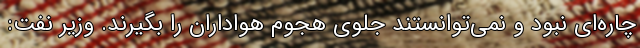
چاره‌ای نبود و نمی‌توانستند جلوی هجوم هواداران را بگیرند. وزیر نفت: